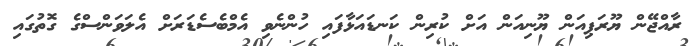
ރާއްޖޭން ޔޫރަޕިއަން ޔޫނިއަން އަށް ކުރިން ކަނޑައަޅާފައި ހުންނެވި އެމްބެސެޑަރަށް އެލަވަންސްގެ ގޮތުގައި